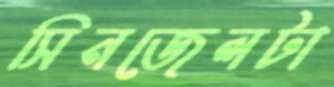
সিনজেলটা